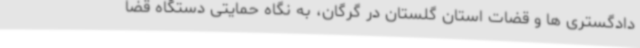
دادگستری ها و قضات استان گلستان در گرگان، به نگاه حمایتی دستگاه قضا